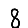
Digit: 8